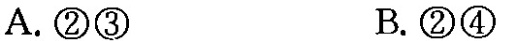
A.②③ B.②④